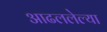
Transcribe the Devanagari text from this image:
आढललेल्या